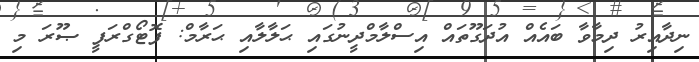
ނިދާއިރު ދިމާވާ ބައެއް އުދަގޫތައް އިސްލާމްދީނުގައި ޙަލާލާއި ޙަރާމް: ފޮޓޯގްރަފީ ޞޫރަ މި